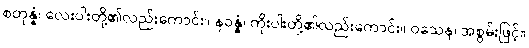
စတုန္နံ၊ လေးပါးတို့၏လည်းကောင်း။ နဝန္နံ၊ ကိုးပါးတို့၏လည်းကောင်း။ ဝသေန၊ အစွမ်းဖြင့်။